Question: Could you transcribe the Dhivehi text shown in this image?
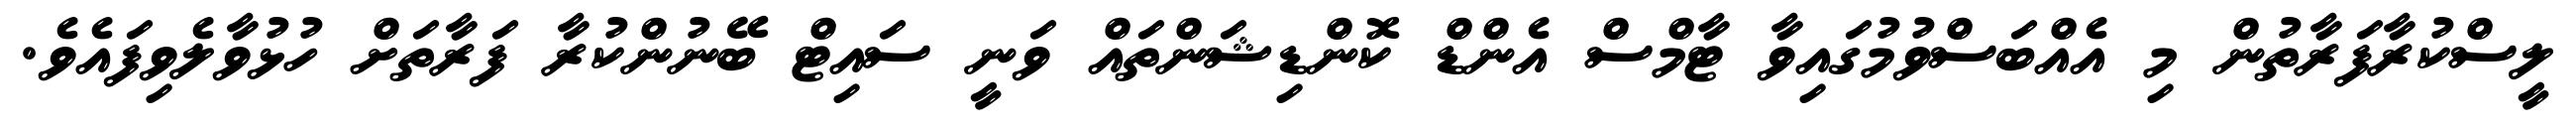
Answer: ލީސްކުރާފަރާތުން މި އެއްބަސްވުމުގައިވާ ޓާމްސް އެންޑް ކޮންޑިޝަންތައް ވަނީ ސައިޓް ބޭނުންކުރާ ފަރާތަށް ހުޅުވާލެވިފައެވެ.